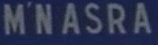
M'NASRA